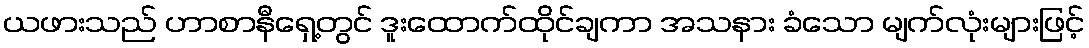
ယဖားသည် ဟာစာနီရှေ့တွင် ဒူးထောက်ထိုင်ချကာ အသနား ခံသော မျက်လုံးများဖြင့်